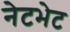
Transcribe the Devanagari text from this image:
नेटभेट